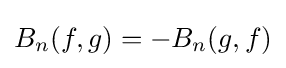
B_{n}(f,g)=-B_{n}(g,f)